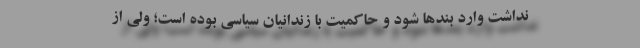
نداشت وارد بند‌ها شود و حاكمیت با زندانیان سیاسی بوده است؛ ولی از